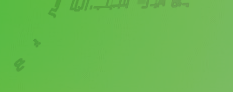
توصيل طلباتكم سريع وموثوق